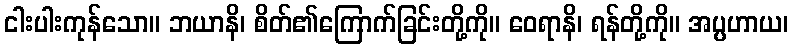
ငါးပါးကုန်သော။ ဘယာနိ၊ စိတ်၏ကြောက်ခြင်းတို့ကို။ ဝေရာနိ၊ ရန်တို့ကို။ အပ္ပဟာယ၊